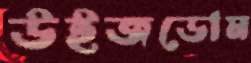
উইজডোম